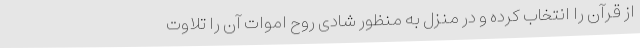
از قرآن را انتخاب کرده و در منزل به منظور شادی روح اموات آن را تلاوت